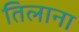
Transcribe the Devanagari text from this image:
तिलाना